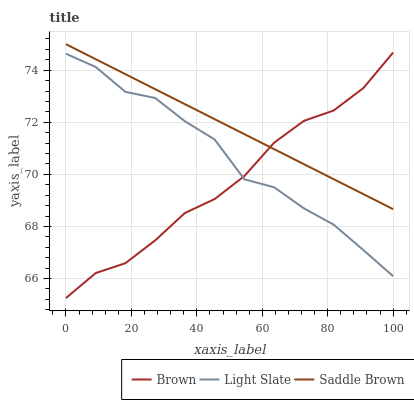
| xaxis_label | Brown | Light Slate | Saddle Brown |
 | --- | --- | --- | --- |
 | 0 | 65.2 | 74.6 | 75 |
 | 9.09 | 66.2 | 74.1 | 74.4 |
 | 18.2 | 66.6 | 73.2 | 73.8 |
 | 27.3 | 67.5 | 72.9 | 73.3 |
 | 36.4 | 68.5 | 72 | 72.7 |
 | 45.5 | 69.1 | 71.3 | 72.1 |
 | 54.5 | 69.9 | 69.8 | 71.5 |
 | 63.6 | 71.2 | 69.5 | 71 |
 | 72.7 | 72.1 | 68.7 | 70.4 |
 | 81.8 | 72.5 | 68.1 | 69.8 |
 | 90.9 | 73.3 | 67.1 | 69.2 |
 | 100 | 74.7 | 66.1 | 68.7 |